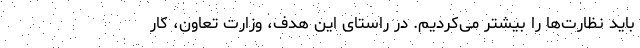
باید نظارت‌ها را بیشتر می‌کردیم. در راستای این هدف، وزارت تعاون، کار